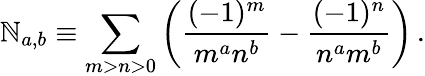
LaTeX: \mathbb{N}_{a,b}\equiv\sum_{m>n>0}\left(\frac{{(-1)^{m}}}{{m^{a}n^{b}}}-\frac{{(-1)^{n}}}{{n^{a}m^{b}}}\right)\, .